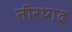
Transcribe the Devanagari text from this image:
तीरथ्गढ